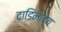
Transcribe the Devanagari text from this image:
दाडिमाद्य